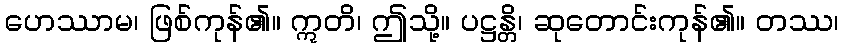
ဟေဿာမ၊ ဖြစ်ကုန်၏။ ဣတိ၊ ဤသို့။ ပဋ္ဌန္တိ၊ ဆုတောင်းကုန်၏။ တဿ၊